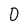
Character: D